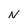
Character: N